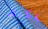
يمكنك